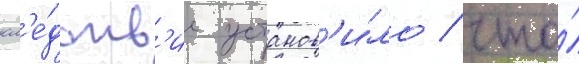
сл'е́дств'ие установ'и́ло / что́